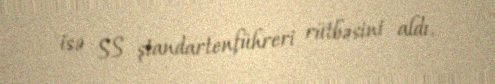
isə SS ştandartenführeri rütbəsini aldı.